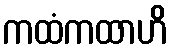
ကထံကထာဟိ